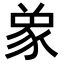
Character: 𮙞